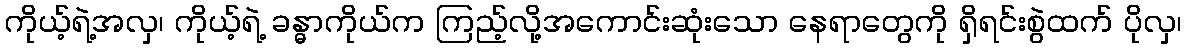
ကိုယ့်ရဲ့အလှ၊ ကိုယ့်ရဲ့ ခန္ဓာကိုယ်က ကြည့်လို့အကောင်းဆုံးသော နေရာတွေကို ရှိရင်းစွဲထက် ပိုလှ၊